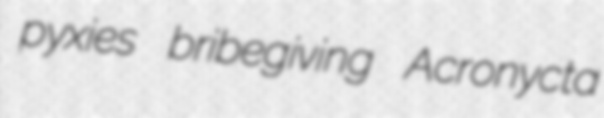
pyxies bribegiving Acronycta